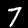
Label: 7